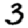
Digit: 3